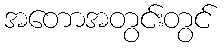
အတောအတွင်းတွင်